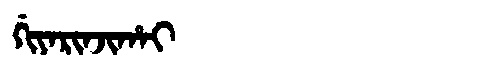
Manchu: ᡤᡳᠶᠠᡵᡳᠨᠵᡳᡥᠠᡳ
Romanization: GIYARINJIHAI